Annual report on the Civil Veterinary Department, Burma (including the Insein Veterinary School) - 1910-1922
Year: 1910
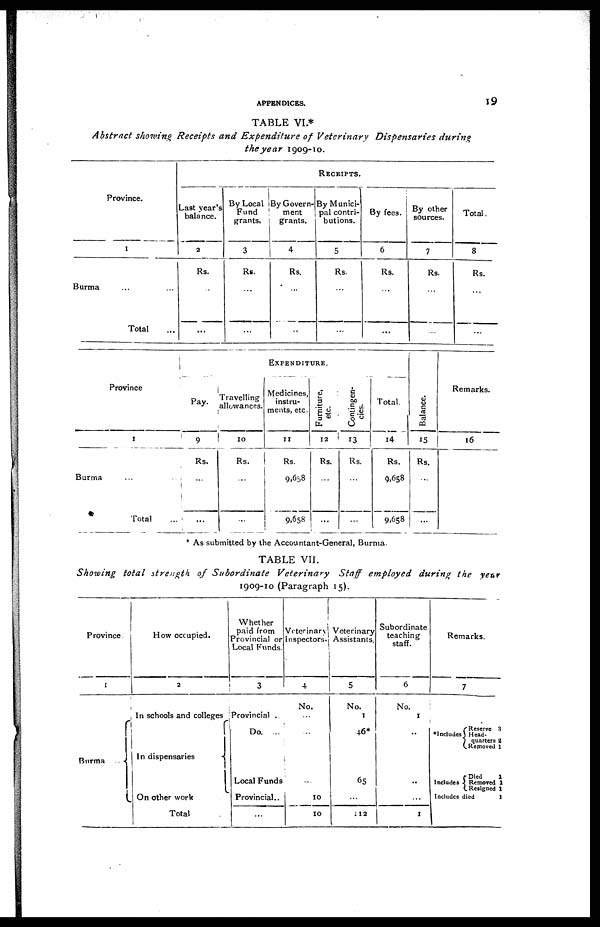
APPENDICES.
19
TABLE VI *
Abstract showing Receipts and Expenditure of Veterinary
Dispensaries
during
the year 1909-10.
Province.
1
Burma ... ...
Total ...
RECEIPTS.
Last year's
balance.
2
Rs.
...
...
By Local
Fund
grants,
3
Rs.
...
...
By Govern-
ment
grants.
4
Rs.
...
...
By Munici-
pal contri-
butions.
5
Rs.
...
...
By fees.
6
Rs.
...
...
By other
sources.
7
Rs.
...
...
Total.
8
Rs.
...
...
Province
1
Burma ...
Total ...
EXPENDITURE.
Pay.
9
Rs.
...
...
Travelling
allowances.
10
Rs.
...
...
Medicines,
instru-
ments, etc.
11
Rs.
9,658
9,658
Furniture,
etc.
12
Rs.
...
...
.
Contingen-
cies.
13
Rs.
...
...
Total.
14
Rs.
9,658
9,658
Balance.
15
Rs.
...
...
Remarks.
16
* As submitted by the Accountant-General, Burma.
TABLE VII.
Showing total strength of Subordinate
Veterinary
Staff employed during the year
1909-10 (Paragraph 15).
Province
1
Burma ...
How occupied.
2
In schools and colleges
In dispensaries
On other work
Total
Whether
paid from
Provincial or
Local Funds.
3
Provincial
Do. ...
Local Funds
Provincial..
...
Veterinary
Inspectors.
4
No.
...
...
...
10
10
Veterinary
Assistants.
5
No.
1
46*
65
...
112
Subordinate
teaching
staff.
6
No.
1
...
...
...
1
Remarks.
7
Includes
Includes
Reserve 3
Head-
quarters 2
Removed 1
Died
1
Removed 1
Resigned 1
Includes died
1